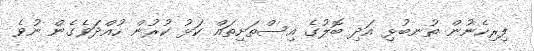
ފިރިހެނުން ތުނބުޅި އަދި ބޮލުގެ އިސްތަށިތައް ކަޅު ކުރުން ހުއްދަވެގެން ނުވެ